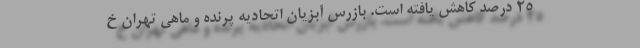
۲۵ درصد کاهش یافته است. بازرس آبزیان اتحادیه پرنده و ماهی تهران خ